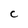
Character: C